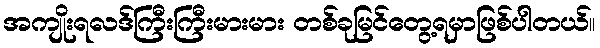
အကျိုးရလဒ်ကြီးကြီးမားမား တစ်ခုမြင်တွေ့ရမှာဖြစ်ပါတယ်။